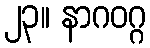
၂၃။ နာဂဝဂ္ဂ